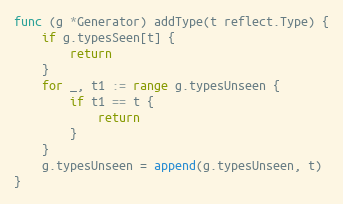
Language: Go
func (g *Generator) addType(t reflect.Type) {
	if g.typesSeen[t] {
		return
	}
	for _, t1 := range g.typesUnseen {
		if t1 == t {
			return
		}
	}
	g.typesUnseen = append(g.typesUnseen, t)
}